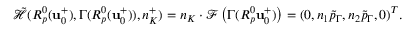
\tilde { \mathcal { H } } ( R _ { p } ^ { 0 } ( \mathbf { u } _ { 0 } ^ { + } ) , \Gamma ( R _ { p } ^ { 0 } ( \mathbf { u } _ { 0 } ^ { + } ) ) , n _ { K } ^ { + } ) = n _ { K } \cdot \mathcal { F } \left( \Gamma ( R _ { p } ^ { 0 } \mathbf { u } _ { 0 } ^ { + } ) \right) = ( 0 , n _ { 1 } \tilde { p } _ { \Gamma } , n _ { 2 } \tilde { p } _ { \Gamma } , 0 ) ^ { T } .